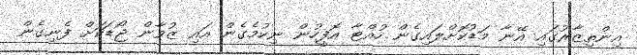
އިންތިޒާރުގައި އޭނާ މަޑުކޮށްލައިގެން ހުއްޓާ އޮފީހުން ނިކުމެގެން އައި ޒުވާން ޖޯޑަކަށް ފެނިގެން